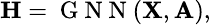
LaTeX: \small\mathbf{H}=\mathrm{~G~N~N~}(\mathbf{X},\mathbf{A}),